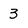
Character: 3